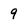
Character: 9